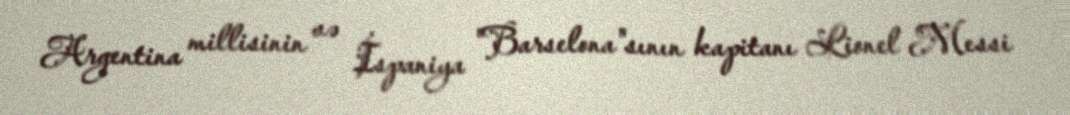
Argentina millisinin və İspaniya "Barselona"sının kapitanı Lionel Messi